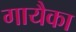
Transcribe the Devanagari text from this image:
गायैका